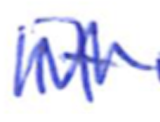
Text: it
Cross-out: zig-zag
Writing tool: ballpoint